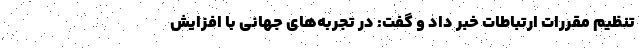
تنظیم مقررات ارتباطات خبر داد و گفت: در تجربه‌های جهانی با افزایش